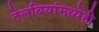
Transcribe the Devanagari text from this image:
तेलबियांमध्येही